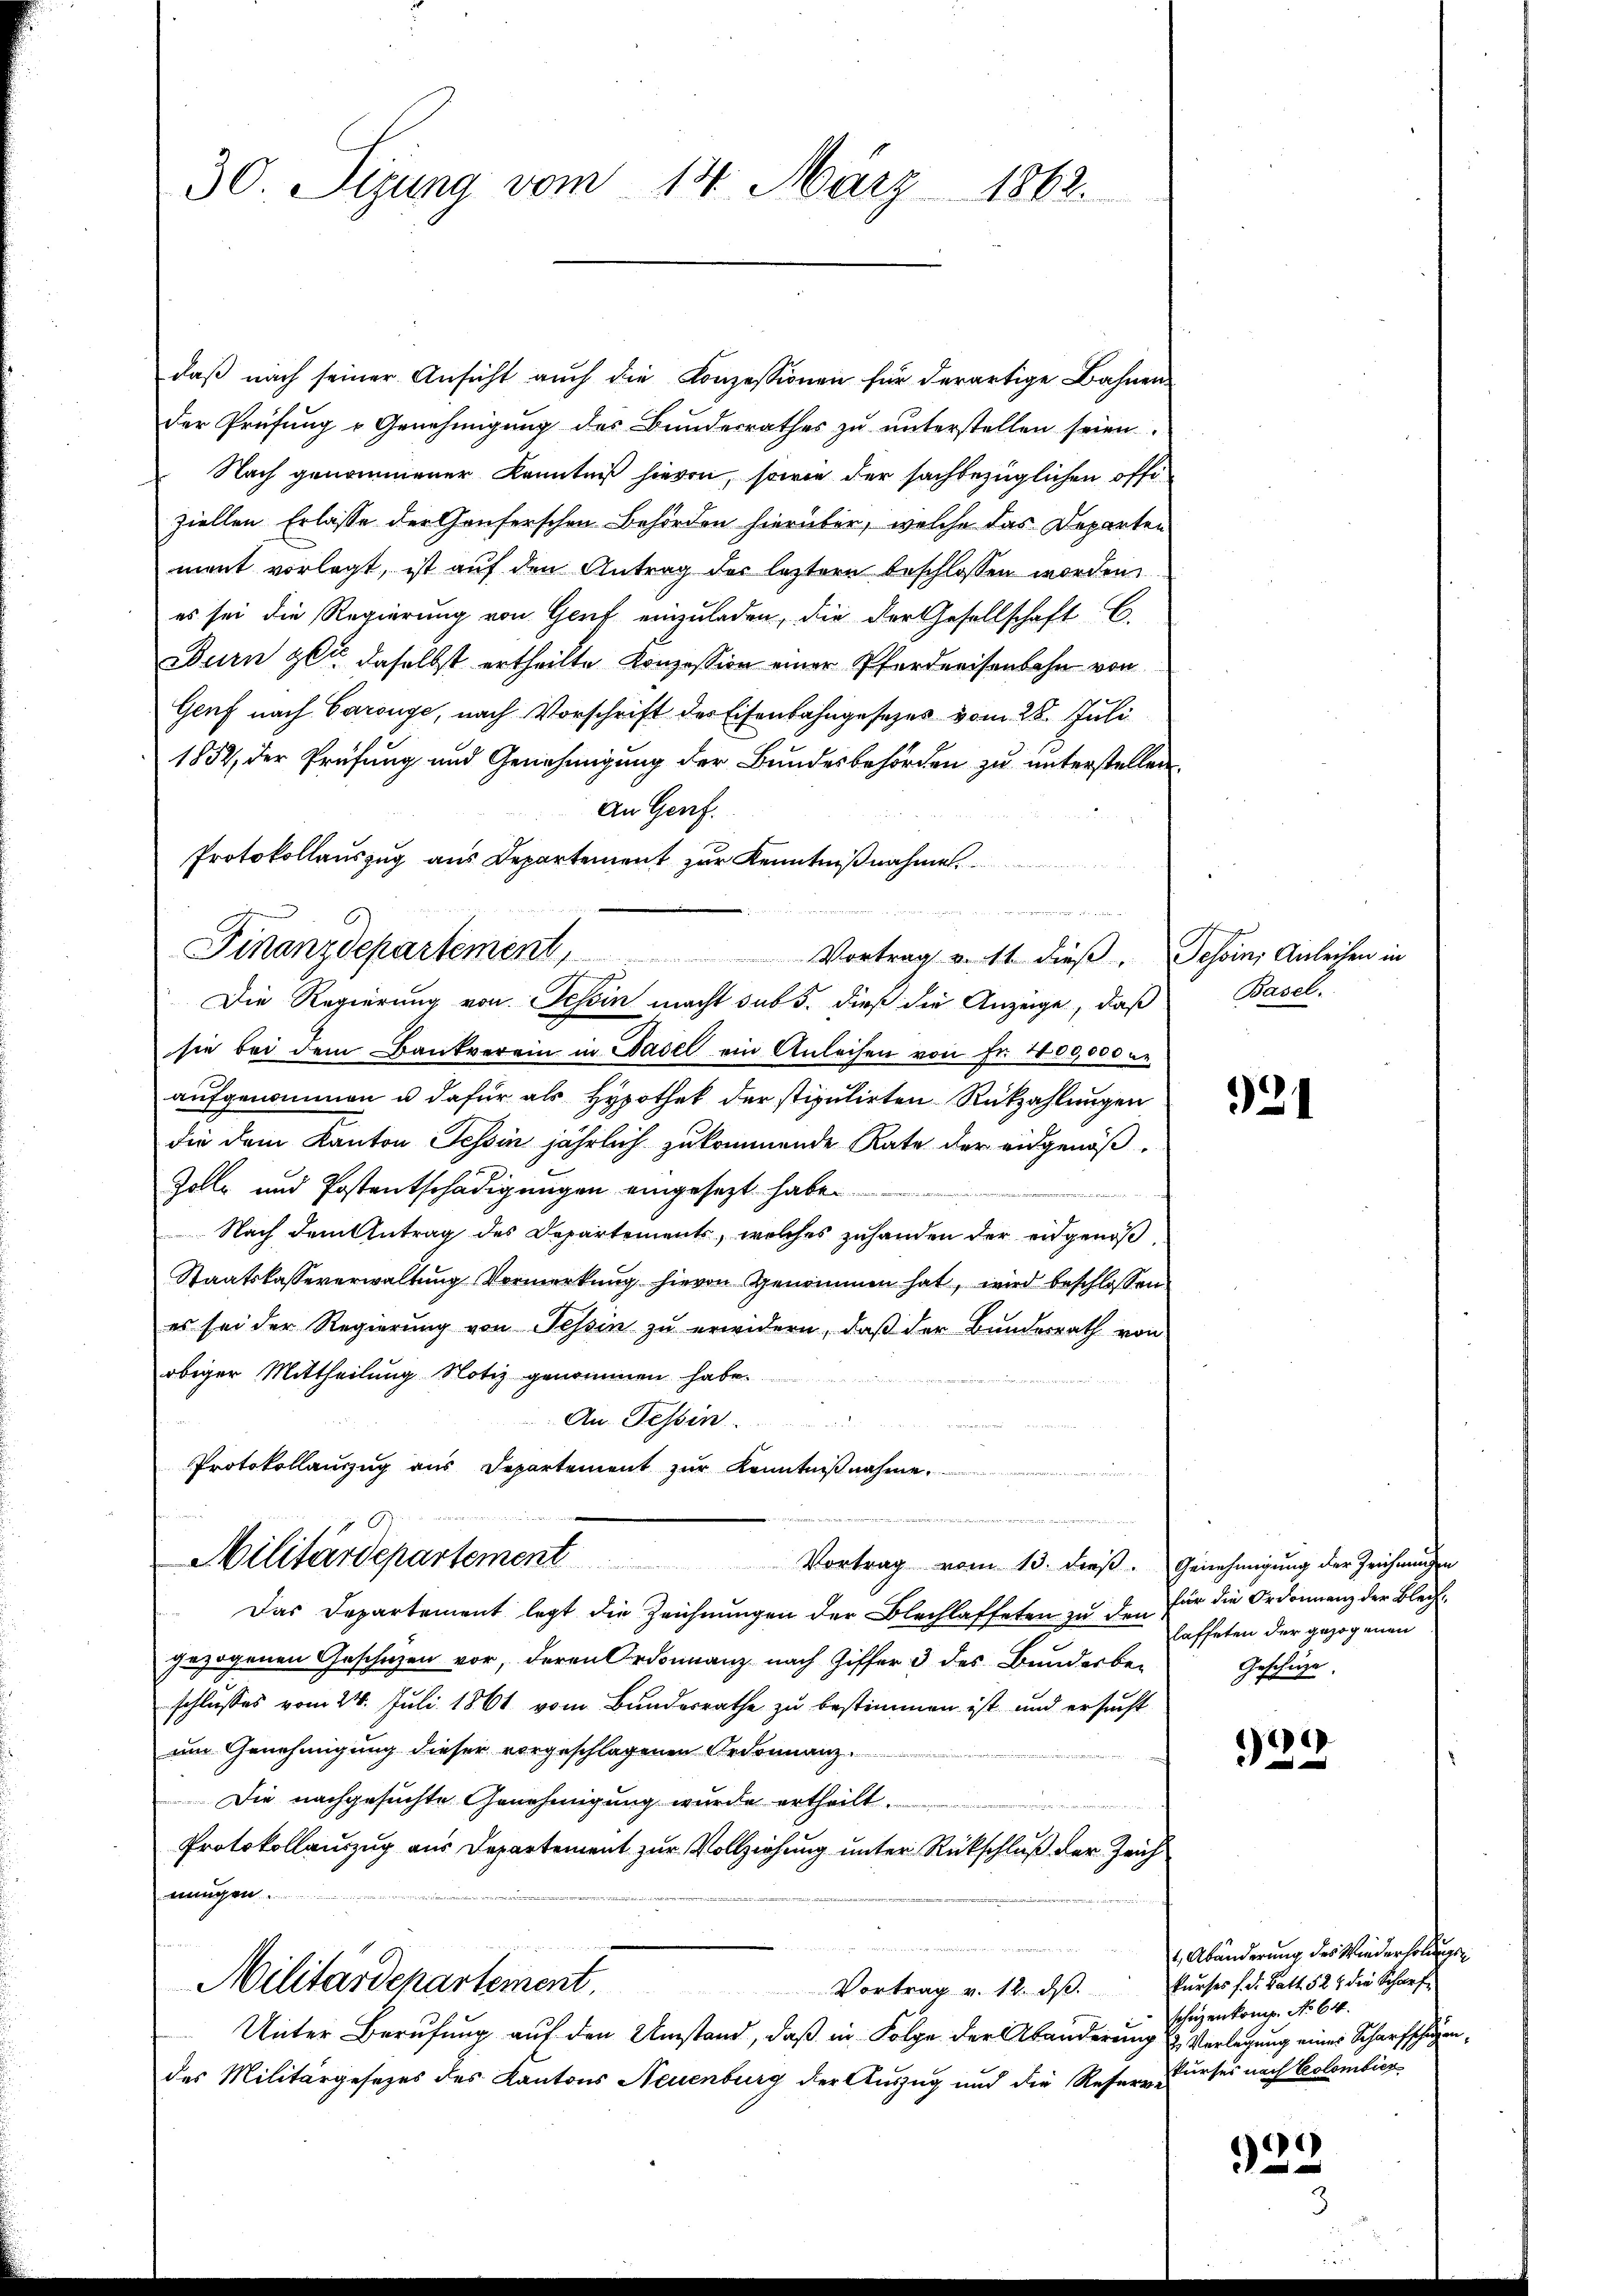
30. Sigung vom 14. März 1862.

daß nach seiner Ansicht auch die Konzessionen für derartige Bahnen
der Prüfung - Genehmigung des Bundesrathes zu unterstellen seien.
Nach genommener Kenntniß hievon, sowie der sachbezüglichen offiziellen Erlasse der Gouferschen Behörden hierüber, welche das Departen
ment vorlegt, ist auf den Antrag des letztere beschlossen worden,
es sei die Regierung von Genf einzuladen, die der Gesellschaft C.
Durn get daselbst ertheilte Konzession einer Pferdreisenbahn von
Genf nach Carouge, nach Vorschrift des Eisenbahngesetzes vom 28. Juli
1852, der Prüfung und Genehmigung der Bundesbehörden zu unterstellen.
An Genf.
Protokollauszug aus Departement zur Kenntnißnahmen.
n
Finanzdepartement,
Vortrag v. 11 dieß. Tessin Anleihen in
Die Regierung von Tessin macht sub 5. dieß die Anzeige, daß
sie bei dem Bankverein in Basel ein Anleihen von Fr. 1800,000 u
aufgenommen u dafür als Hypothek der stipulirten Rückzahlungen
die dem Kanton Tessin jährlich zukommende Rate der eidgenöß¬
Zolle und Postentschädigungen eingesezt habe
Nach dem Antrag des Departements, welches zuhanden der eidgenöß¬
Staatskasseverwaltung Vormerkung hievon genommen hat, wird beschlossen
es sei der Regierung von Tessin zu erwidern, daß der Bundesrath von
obiger Mittheilung Notiz genommen habe.
An. Tessin ...........
Protokollauszug aus Departement zŭr Kenntniβnahme,
u

d
Militärdepartement
Vortrag vom 13. dieβ. Genehmigung der Zeichnungen

Das Departement legt die Zeichnungen der Blechlaffeten zu den
gezogenen Geschehen vor, deren Ordonnanz nach Ziffer 3 des Bunderber Geschüze.
schlusses vom 24. Juli 1861 vom Bundesrathe zu bestimmen ist und ersucht
am Genehmigung dieser vorgeschlagenen Ordonnanz¬
Die nachgesuchte Genehmigung wurde ertheilt.
Protokollauszug aus Departement zur Vollziehung unter Rückschluß der Zeich
nungen.
u
Militärdepartement.
Vortrag v. 12. dβ. kurses f. d. Batt. 527 der Scharf
Unter Berufung auf den Umstand, daß in Folge der Abänderung u. Verlegung eines Scharfschüzendes Militärgesetzes des Kantons Neuenburg der Auszug und die Reser Kurses nach Colombier

Basel.

321

für die Ordonnanz der Blech
laffeten der gezogenen

1
e

Abänderung des Wiederholungen
schüzenkomp. No 64.

329